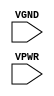
module sky130_fd_sc_hs__tapvgnd2 (
    VGND,
    VPWR
);

    // Module ports
    input VGND;
    input VPWR;
     // No contents.
endmodule